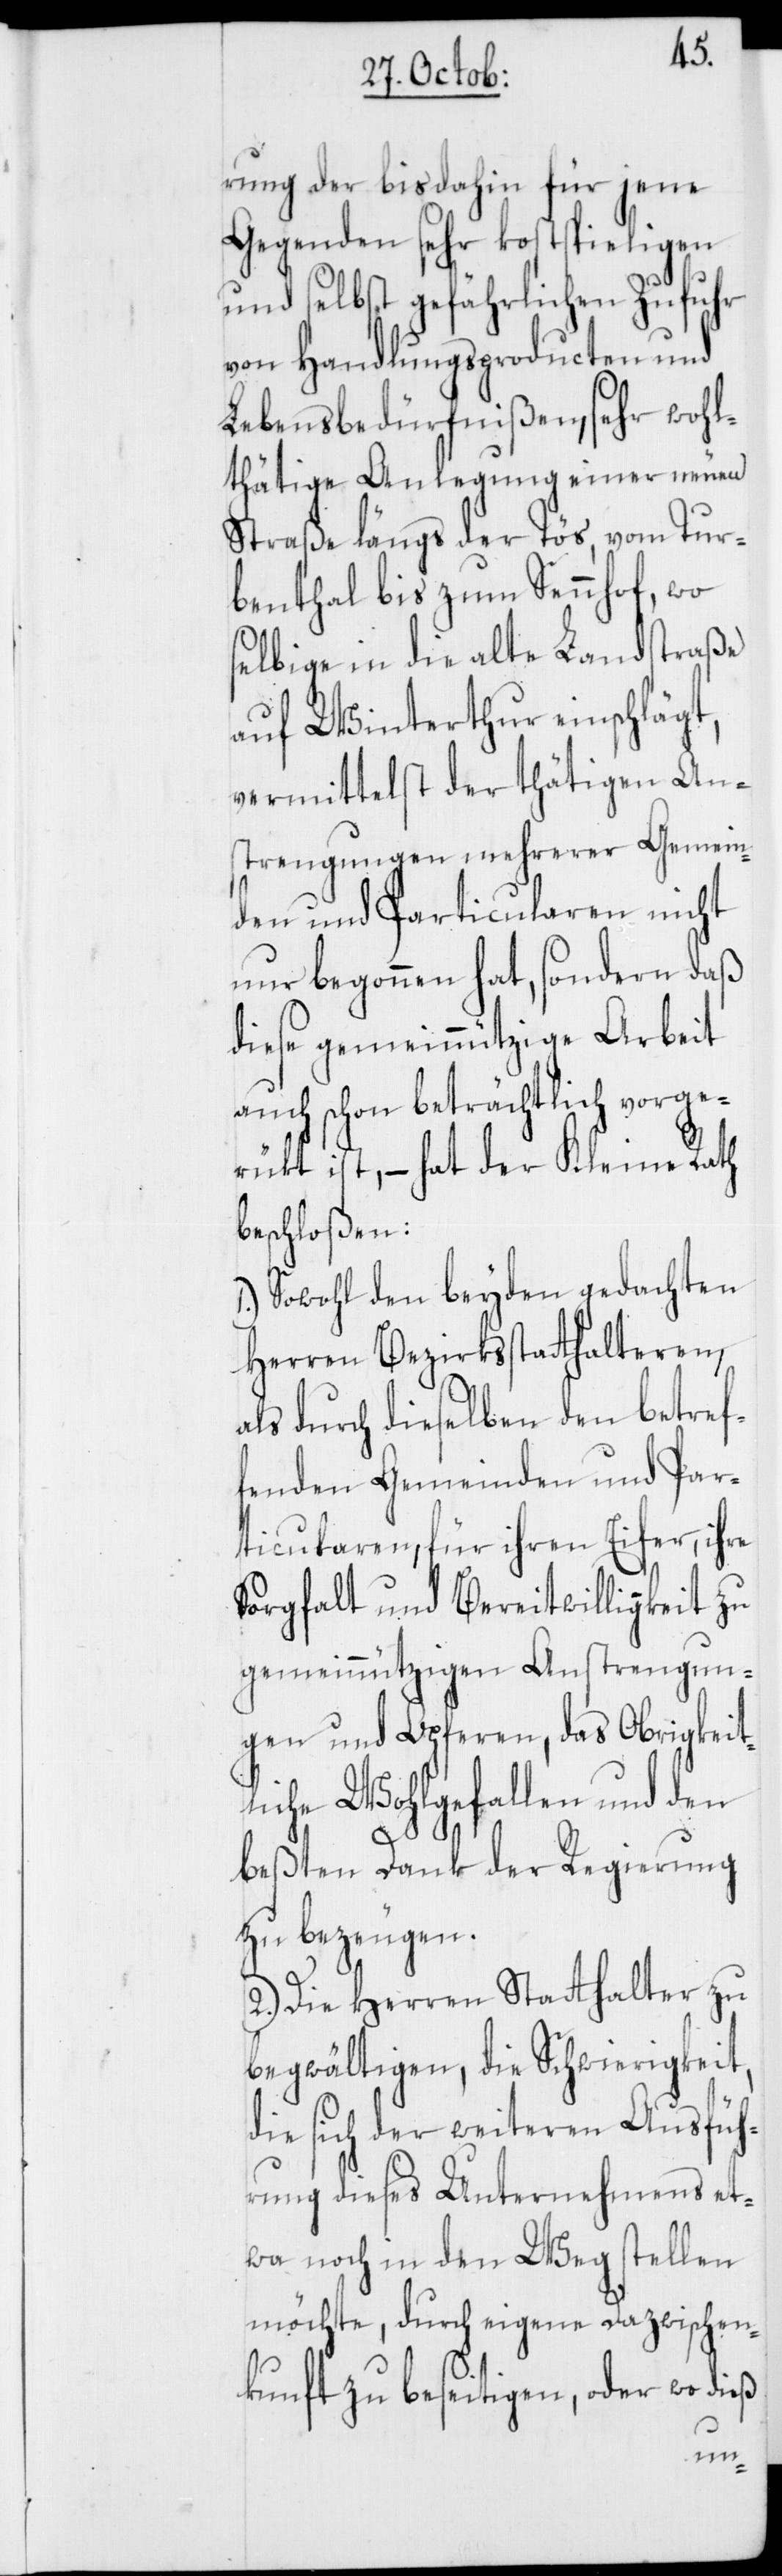
rung der bisdahin für jene
Gegenden sehr kostspieligen
und selbst gefährlichen Zufuhr
von Handlungsproducten und
Lebensbedürfnißen, sehr wohl¬
thätige Anlegung einer neuen
Straße längs der Tös, vom Tur¬
benthal bis zum Sennhof, wo
selbige in die alte Landstraße
auf Winterthur einschlägt,
vermittelst der thätigen Ans¬
trengungen mehrerer Gemein¬
den und Particularen nicht
nur begonnen hat, sondern daß
diese gemeinnützige Arbeit
auch schon beträchtlich vorge¬
rükt ist, – hat der Kleine Rath
beschloßen:
Sowohl den beyden gedachten
Herren Bezirksstatthalteren,
als durch dieselben den betref¬
fenden Gemeinden und Par¬
ticularen, für ihren Eifer, ihre
Sorgfalt und Bereitwilligkeit zu
gemeinnützigen Anstrengun¬
gen und Opferen, das Obrigkeit¬
liche Wohlgefallen und den
beßten Dank der Regierung
zu bezeugen.
2.) Die Herren Statthalter zu
begwältigen, die Schwierigkeit,
die sich der weiteren Ausfüh¬
rung dieses Unternehmens et¬
wa noch in den Weg stellen
möchte, durch eigene Dazwischen¬
kunft zu beseitigen, oder wo d¬
ieß